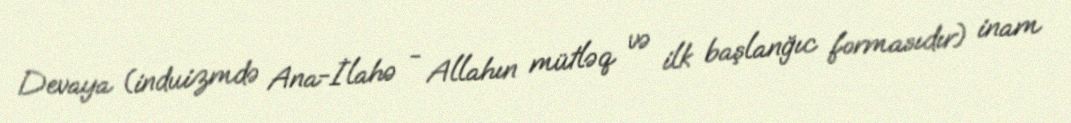
Devaya (induizmdə Ana-İlahə - Allahın mütləq və ilk başlanğıc formasıdır) inam